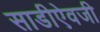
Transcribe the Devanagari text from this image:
साडीऐवजी